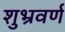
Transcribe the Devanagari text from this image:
शुभ्रवर्ण